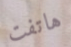
هاتفت